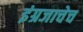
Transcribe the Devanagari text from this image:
इंग्रजाचेच